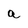
Character: a